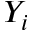
Y _ { i }